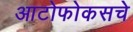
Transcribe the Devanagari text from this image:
आटोफोकसचे